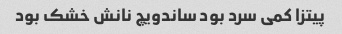
پیتزا کمی سرد بود ساندویچ نانش خشک بود